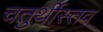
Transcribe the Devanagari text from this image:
चतुर्थीस्तव